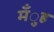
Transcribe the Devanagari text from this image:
मँुह